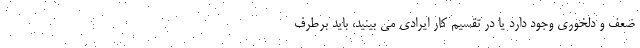
ضعف و دلخوری وجود دارد یا در تقسیم کار ایرادی می بینید، باید برطرف